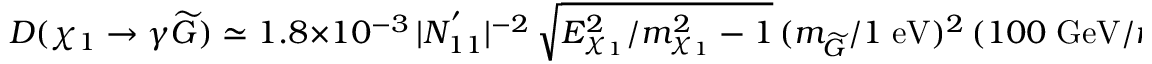
D ( \chi _ { 1 } \rightarrow \gamma \widetilde { G } ) \simeq 1 . 8 \times 1 0 ^ { - 3 } \, | N _ { 1 1 } ^ { ' } | ^ { - 2 } \, \sqrt { E _ { \chi _ { 1 } } ^ { 2 } / m _ { \chi _ { 1 } } ^ { 2 } - 1 } \, ( m _ { \widetilde { G } } / 1 \; \mathrm { e V } ) ^ { 2 } \, ( 1 0 0 \; \mathrm { G e V } / m _ { \chi _ { 1 } } ) ^ { 5 } \; \mathrm { c m } ,